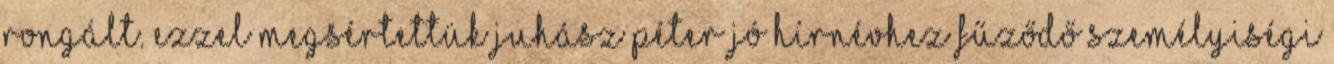
rongált. Ezzel megsértettük Juhász Péter jó hírnévhez fűződő személyiségi